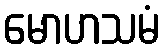
မောဟသမံ